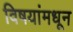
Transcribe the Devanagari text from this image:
विषयांमधून